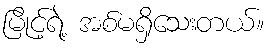
မြိုင့်ရဲ့ အစ်မရှိသေးတယ်။